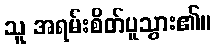
သူ အရမ်းစိတ်ပူသွား၏။